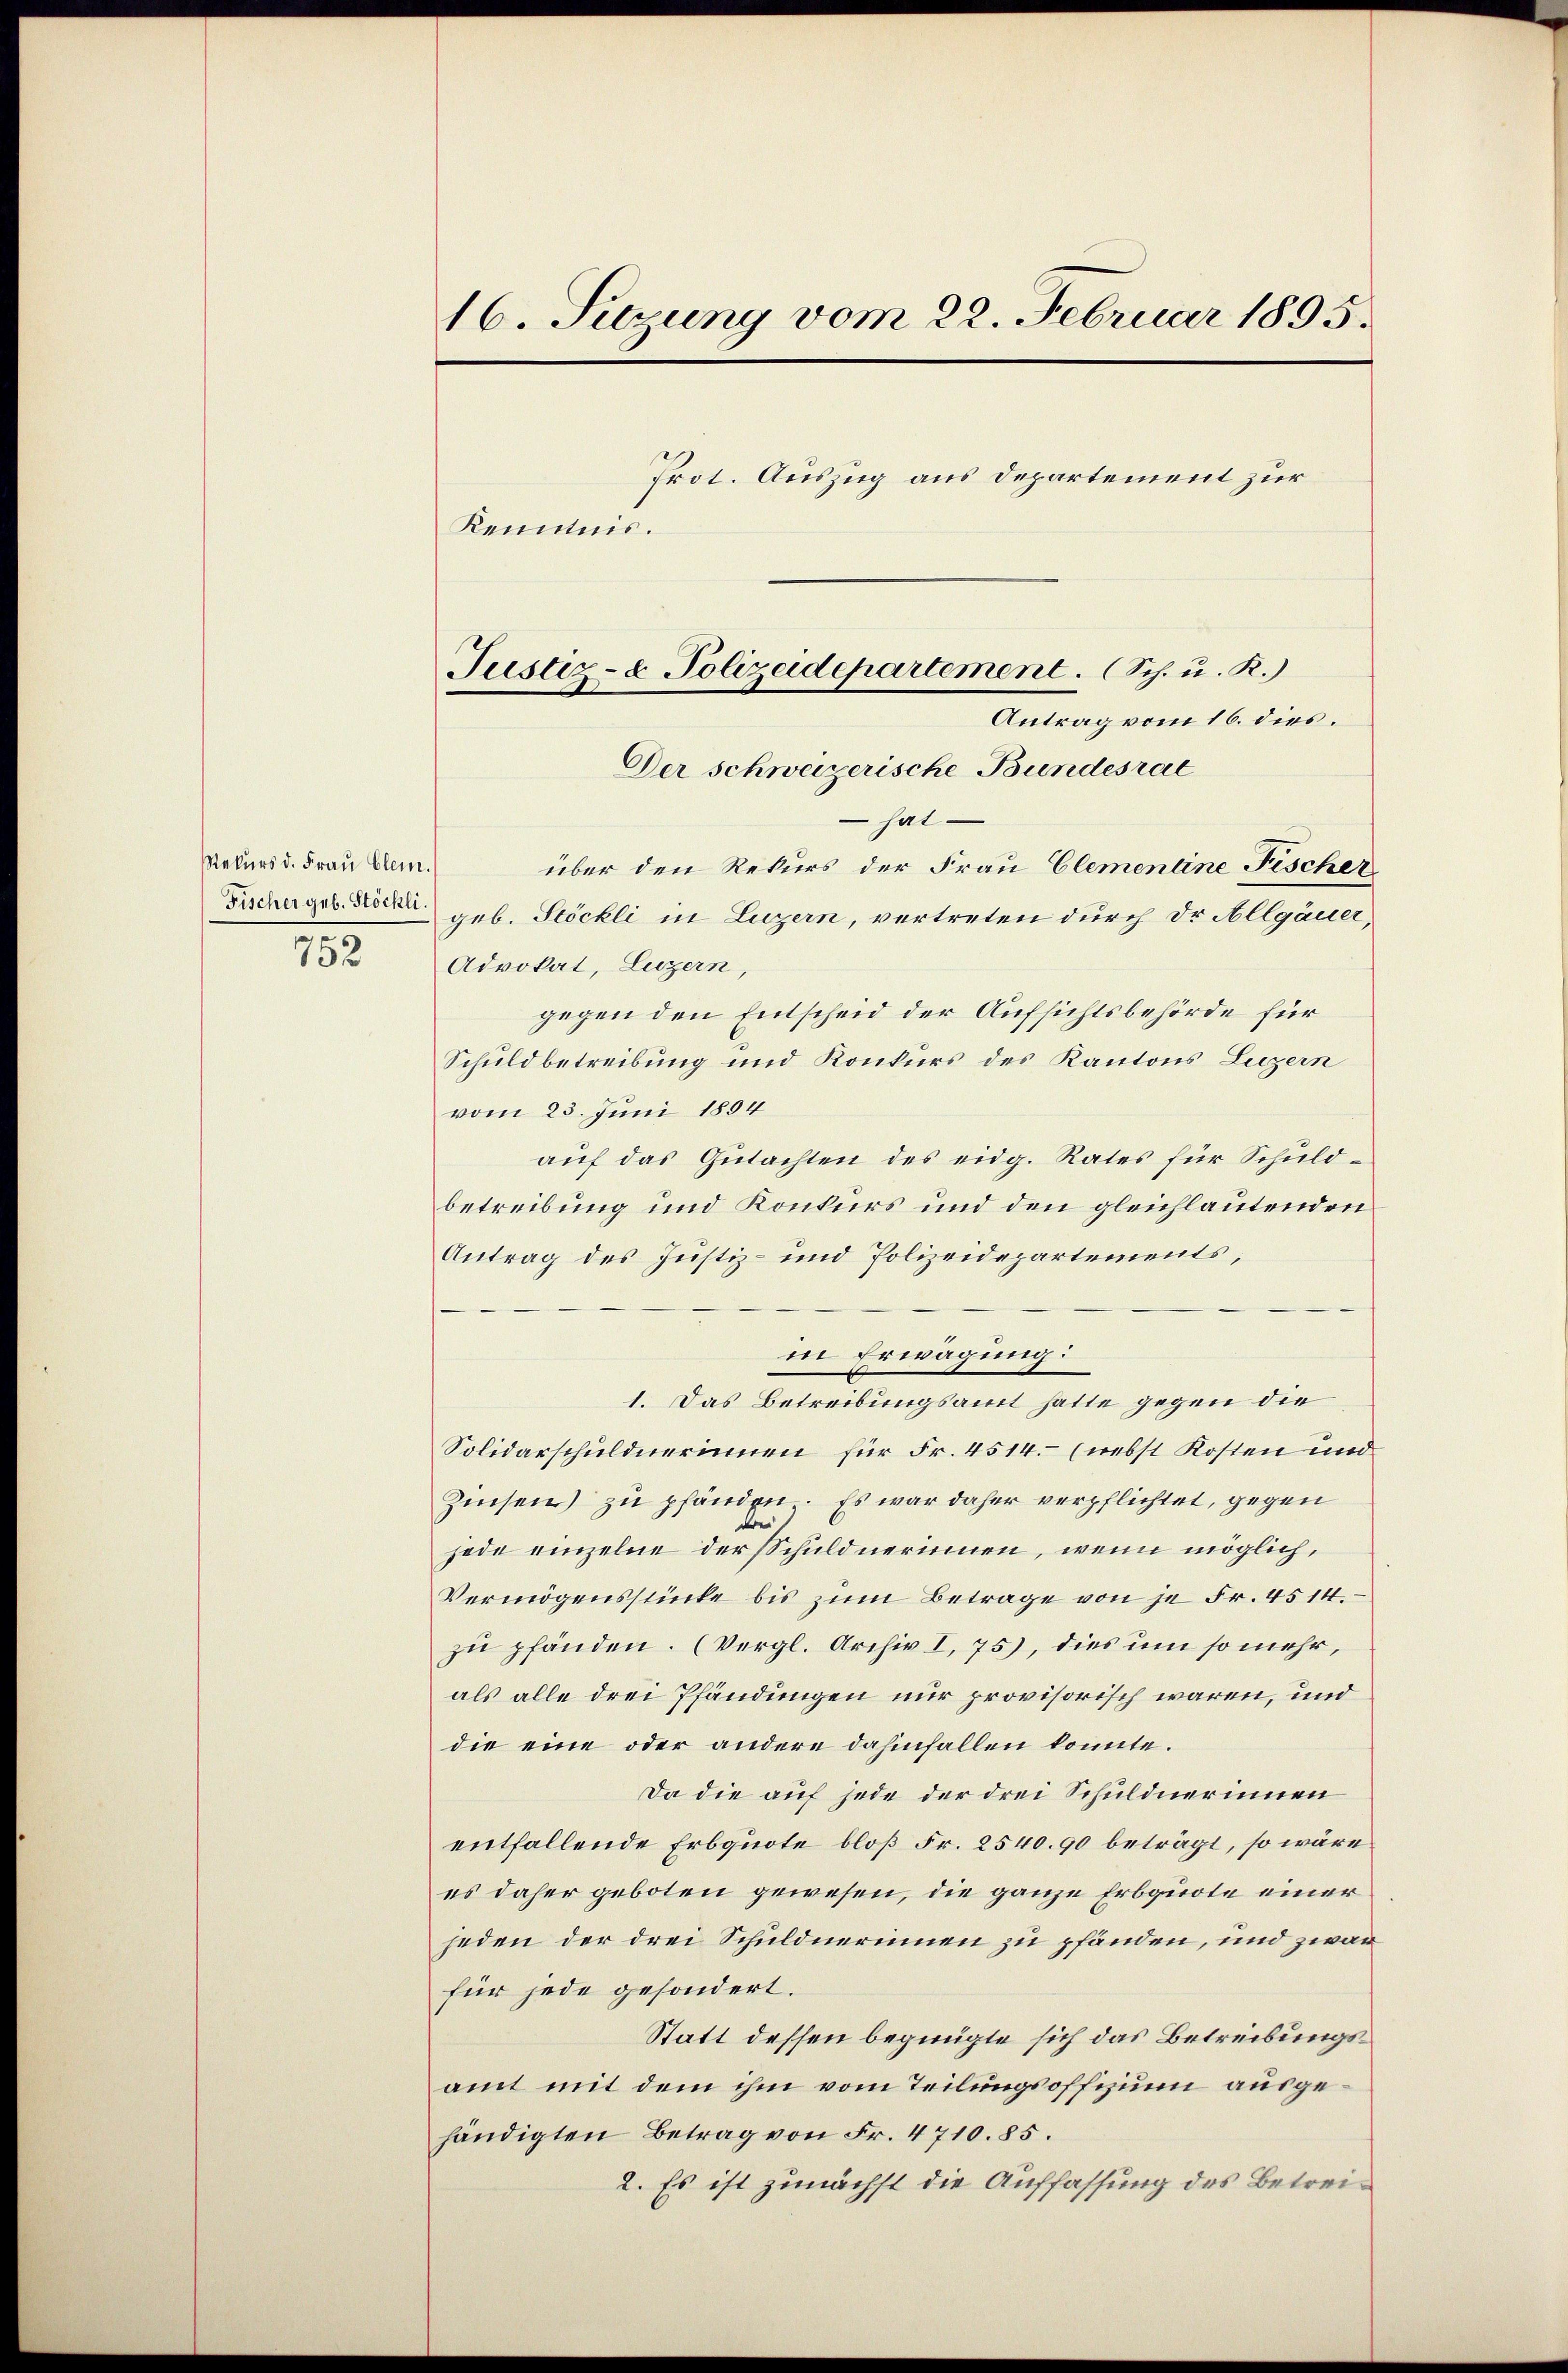
Rekurs d. Frau Clem.
752

16. Setzung vom 22. Februar 1895.
Prot. Auszug aus Departement zur
Kenntnis.

hat
über den Rekurs der Frau Clementine Fischer
Fischergeb. Der geb. Stöckli in Luzern, vertreten durch Dr Allgäuer
Advokat, Luzern,
gegen den Entscheid der Aufsichtsbehörde für
Schuldbetreibung und Konkurs des Kantons Luzern
vom 23. Juni 1854
auf das Gutachten des eidg. Rates für Schuldbetreibung und Konkurs und den gleichlautenden
Antrag des Justiz- und Polizeidepartements,
in Erwägung:
1. Das Betreibungsamt hatte gegen die
Solidarschuldnerinnen für Fr. 4514. (nebst Kosten und
Zinsen) zu pfänden. Es war daher verpflichtet, gegen
e
jede einzelne der Schuldnerinnen, wenn möglich,
Vermögensstücke bis zum Betrage von je Fr. 4514.
zu pfänden. (Vergl. Archiv I, 75), dies um so mehr,
als alle drei Pfändungen nur provisorisch waren, und
die eine oder andere dahinfallen konnte.
Da die auf jede der drei Schuldnerinnen
entfallende Erbquote bloß Fr. 2540.90 beträgt, so wäre
es daher geboten gewesen, die ganze Erbquote einer
jeden der drei Schuldnerinnen zu pfänden, und zwar
für jede gesondert.
Statt dessen begnügte sich das Betreibungsamt mit dem ihm vom Teilungsoffizium ausgehändigten Betrag von Fr. 4710.85.
2. Es ist zunächst die Auffassung des Betrei¬

Justiz- & Polizeidepartement. (Sch. u. R.)
Antrag vom 16. dies.
Der schweizerische Bundesrat